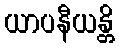
ယာပနီယန္တိ